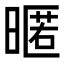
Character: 暱